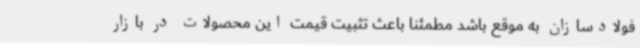
فولادسازان به موقع باشد مطمئنا باعث تثبیت قیمت این محصولات در بازار